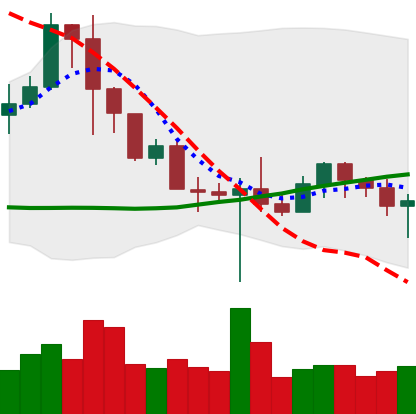
Ticker: BNB-USD
Chart end date: 2022-10-21
Forward return: 7.532%
Label: up_7plus